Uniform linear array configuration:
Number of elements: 12
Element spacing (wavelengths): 0.5
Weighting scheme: blackman
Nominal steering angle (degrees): -15
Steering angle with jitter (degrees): -15.471
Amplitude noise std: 0.05
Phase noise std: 0.05

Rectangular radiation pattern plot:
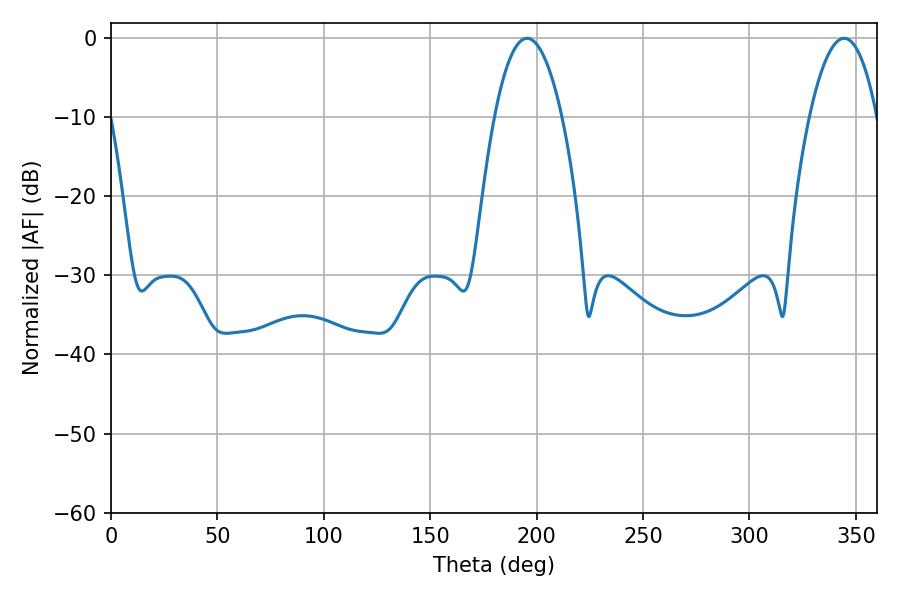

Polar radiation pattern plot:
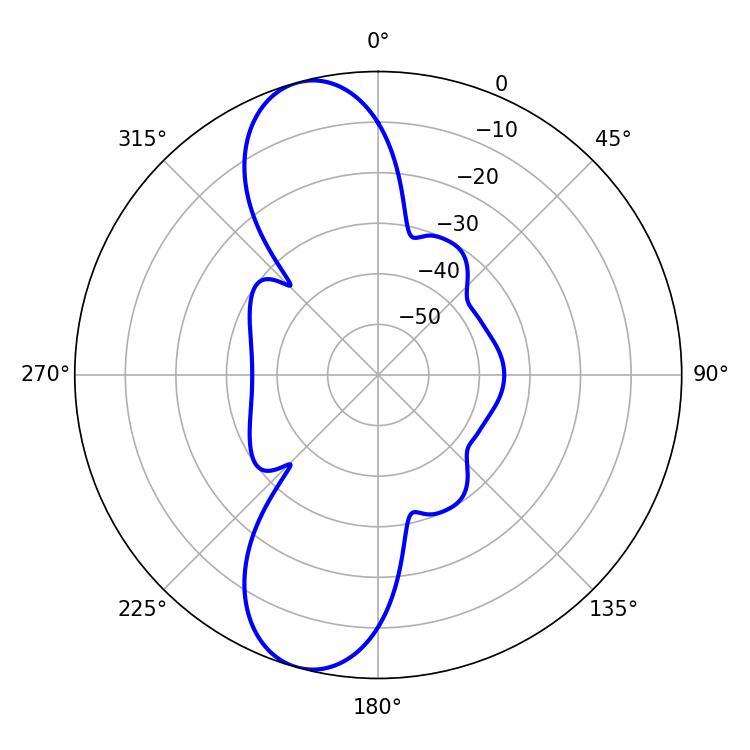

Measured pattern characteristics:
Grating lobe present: FALSE
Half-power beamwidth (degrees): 17.64
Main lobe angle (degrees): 195.48